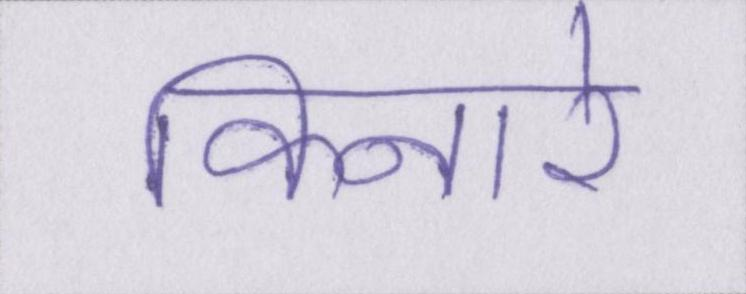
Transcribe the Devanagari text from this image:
किनारे